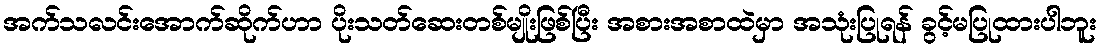
အက်သလင်းအောက်ဆိုက်ဟာ ပိုးသတ်ဆေးတစ်မျိုးဖြစ်ပြီး အစားအစာထဲမှာ အသုံးပြုရန် ခွင့်မပြုထားပါဘူး